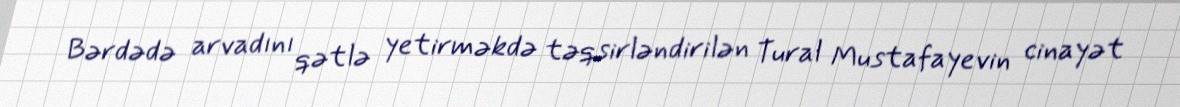
Bərdədə arvadını qətlə yetirməkdə təqsirləndirilən Tural Mustafayevin cinayət